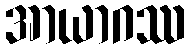
အာယာဂဿ